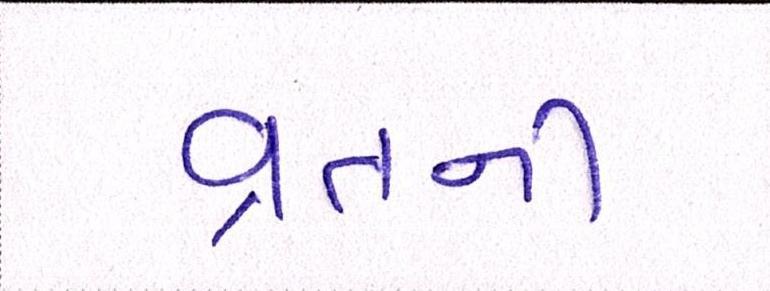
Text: વ્રતની